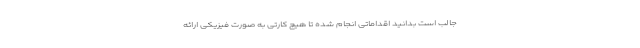
جالب است بدانید اقداماتی انجام شده تا هیچ کارتی به صورت فیزیکی ارائه